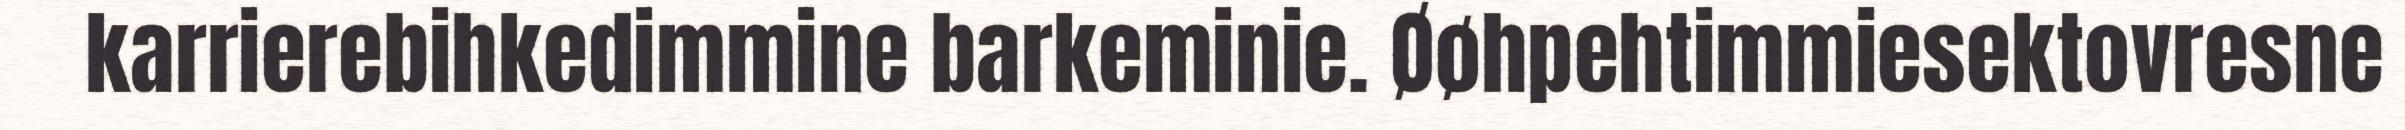
karrierebihkedimmine barkeminie. Øøhpehtimmiesektovresne